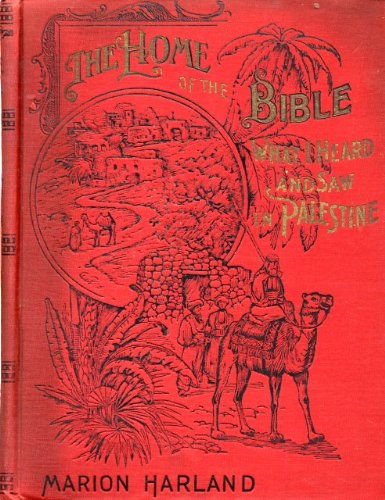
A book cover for Home of the Bible: What I saw and heard in Palestine; Marion Harland; Travel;